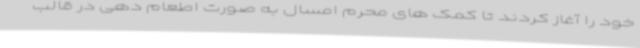
خود را آغاز کردند تا کمک های محرم امسال به صورت اطعام دهی در قالب